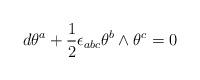
LaTeX: \begin{align*}d\theta ^{a}+{\frac{1}{2}}\epsilon _{abc}\theta ^{b}\wedge \theta ^{c}=0\end{align*}